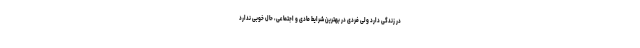
در زندگی دارد ولی فردی در بهترین شرایط مادی و اجتماعی، حال خوبی ندارد